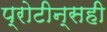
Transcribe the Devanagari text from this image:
प्रोटीन्सही